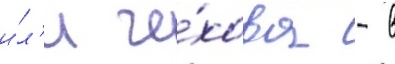
и́л'и че́хова - в